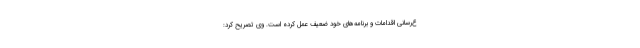
ع‌رسانی اقدامات و برنامه‌های خود ضعیف عمل کرده است. وی تصریح کرد: